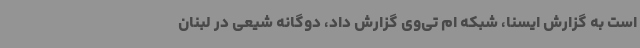
است به گزارش ایسنا، شبکه ام تی‌وی گزارش داد، دوگانه شیعی در لبنان